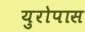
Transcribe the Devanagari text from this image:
युरोपास